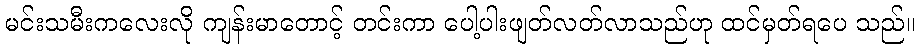
မင်းသမီးကလေးလို ကျန်းမာတောင့် တင်းကာ ပေါ့ပါးဖျတ်လတ်လာသည်ဟု ထင်မှတ်ရပေ သည်။